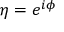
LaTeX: \eta = e ^ { i \phi }